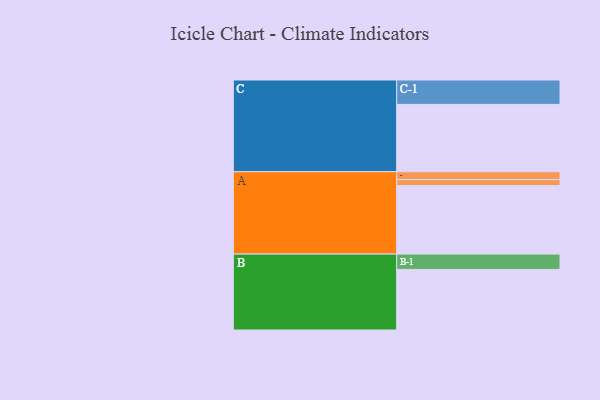
{"axis": {"x": "Segment", "y": "Value"}, "legend": ["", "A", "B", "C"], "data": [{"x": "A", "y": 590, "type": ""}, {"x": "B", "y": 522, "type": ""}, {"x": "C", "y": 580, "type": ""}, {"x": "A-1", "y": 68, "type": "A"}, {"x": "A-2", "y": 52, "type": "A"}, {"x": "B-1", "y": 132, "type": "B"}, {"x": "C-1", "y": 210, "type": "C"}]}